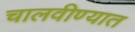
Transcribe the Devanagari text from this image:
चालवीण्यात